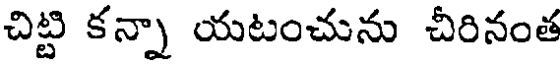
చిట్టి కన్నా యటంచును చీరినంత